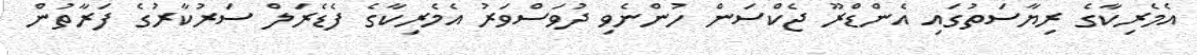
އެމެރިކާގެ ރިޔާސަތުގައި އެންޑްރޫ ޖެކްސަން ހުންނެވި ދުވަސްވަރު އެމެރިކާގެ ފެޑެރަލް ސަރުކާރުގެ ފަރާތުން